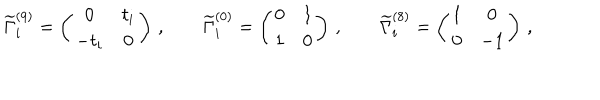
LaTeX: \widetilde { \Gamma } _ { i } ^ { ( 9 ) } = \left( \begin{matrix} { { 0 } } & { { t _ { i } } } \\ { { - t _ { i } } } & { { 0 } } \\ \end{matrix} \right) \, , \qquad \widetilde { \Gamma } _ { i } ^ { ( 0 ) } = \left( \begin{matrix} { { 0 } } & { { 1 } } \\ { { 1 } } & { { 0 } } \\ \end{matrix} \right) \, , \qquad \widetilde { \Gamma } _ { i } ^ { ( 8 ) } = \left( \begin{matrix} { { 1 } } & { { 0 } } \\ { { 0 } } & { { - 1 } } \\ \end{matrix} \right) \, ,